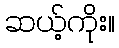
ဆယ့်ကိုး။